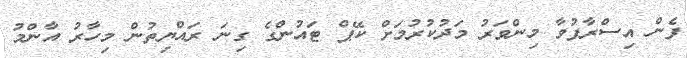
ފެން އިސްރާފުވާ މިންވަރު މަދުކުރުމަށް ކޭޕް ޓައުންގެ ގިނަ ރައްޔިތުން މިހާރު އާންމު